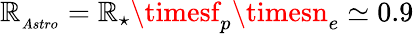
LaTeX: \mathbb{R}_{_{Astro}}=\mathbb{R}_{\star}\timesf_{p}\timesn_{e}\simeq0.9